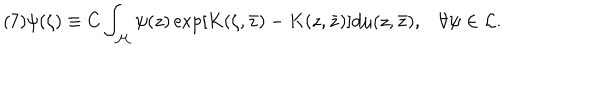
( 7 ) \psi ( \zeta ) \equiv C \int _ { \cal M } \psi ( z ) \exp \left[ K ( \zeta , \bar { z } ) - K ( z , \bar { z } ) \right] d \mu ( z , \bar { z } ) , \forall \psi \in { \cal L } .